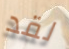
لقد